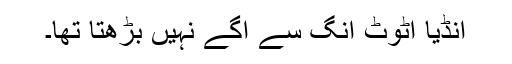
انڈیا اٹوٹ انگ سے آگے نہیں بڑھتا تھا۔